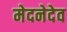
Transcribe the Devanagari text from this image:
मेदनेदेव